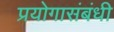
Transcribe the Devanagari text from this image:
प्रयोगासंबंधी